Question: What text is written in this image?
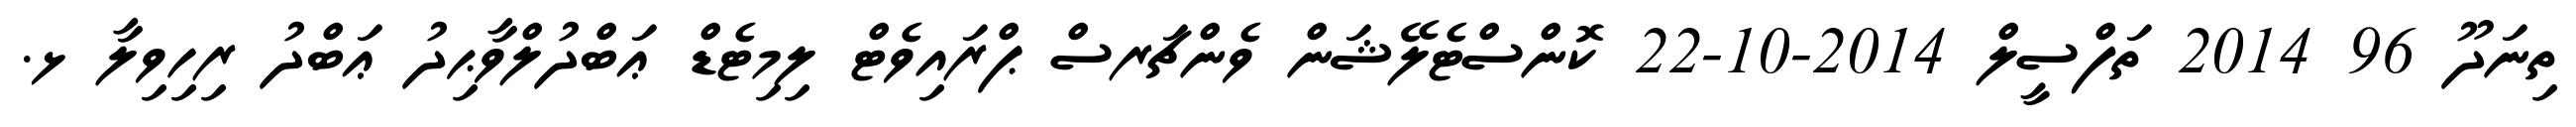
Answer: ތިނަދޫ 96 2014 ތަފްސީލް 2014-10-22 ކޮންސްޓެލޭޝަން ވެންޗަރސް ޕްރައިވެޓް ލިމިޓެޑް ޢަބްދުލްވާޙިދު ޢަބްދު ރިހިވިލާ ޅ.